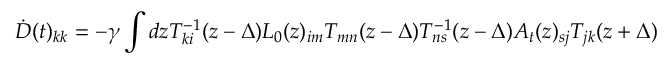
\dot { D } ( t ) _ { k k } = - \gamma \int d z T _ { k i } ^ { - 1 } ( z - \Delta ) L _ { 0 } ( z ) _ { i m } T _ { m n } ( z - \Delta ) T _ { n s } ^ { - 1 } ( z - \Delta ) A _ { t } ( z ) _ { s j } T _ { j k } ( z + \Delta )